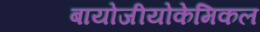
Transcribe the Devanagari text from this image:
बायोजीयोकेमिकल